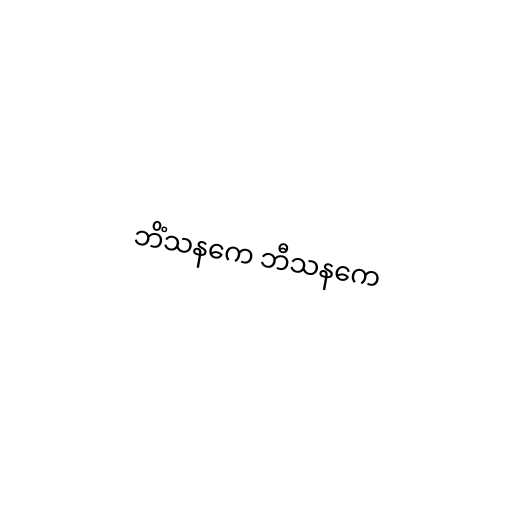
ဘိံသနကေ ဘီသနကေ